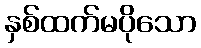
နှစ်ထက်မပိုသော